Civil Veterinary Department. Madras. Admin. report 1926-33 - 1926-1933
Year: 1926
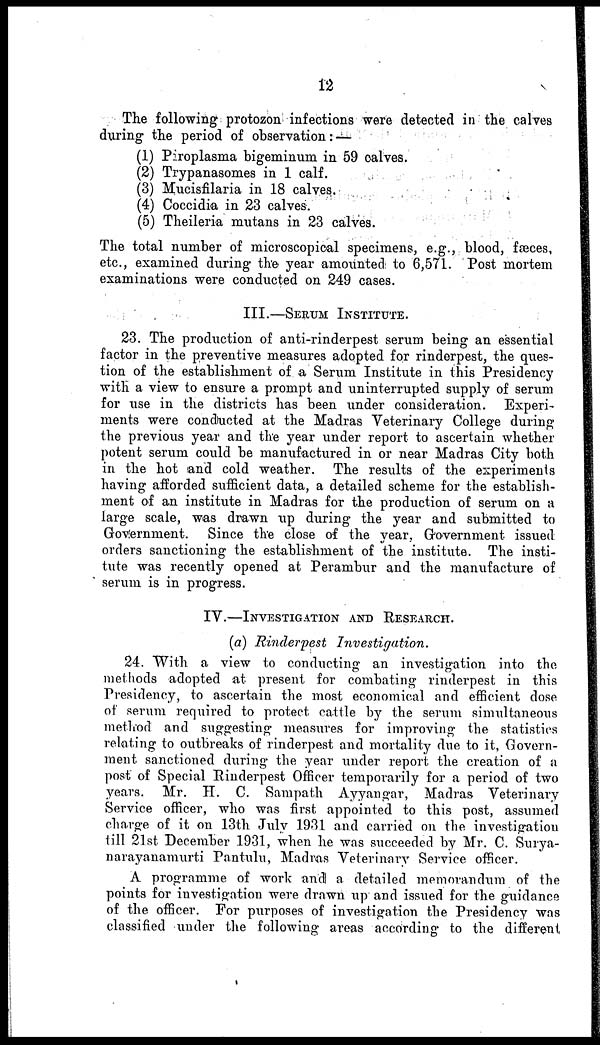
12
The following protozon infections were detected in the calves
during the period of observation: —
(1) Piroplasma bigeminum in 59 calves.
(2) Trypanasomes in 1 calf.
(3) Mucisfilaria in 18 calves.
(4) Coccidia in 23 calves.
(5) Theileria mutans in 23 calves.
The total number of microscopical specimens, e.g., blood, fæces,
etc., examined during the year amounted to 6,571. Post mortem
examinations were conducted on 249 cases.
III.—SERUM INSTITUTE.
23. The production of anti-rinderpest serum being an essential
factor in the preventive measures adopted for rindorpest, the ques-
tion of the establishment of a Serum Institute in this Presidency
with a view to ensure a prompt and uninterrupted supply of serum
for use in the districts has been under consideration.
Experi-
ments were conducted at the Madras Veterinary College during
the previous year and the year under report to ascertain whether
potent serum could be manufactured in or near Madras City both
in the hot and cold weather. The results of the experiments
having afforded sufficient data, a detailed scheme for the establish-
ment of an institute in Madras for the production of serum on a
large scale, was drawn up during the year and submitted to
Government.
Since the close of the year, Government issued
orders sanctioning the establishment of the institute. The insti-
tute was recently opened at Perambur and the manufacture of
serum is in progress.
IV.—INVESTIGATION AND RESEARCH.
(a) Rinderpest
Investigation.
24. With a view to conducting an investigation into the
methods adopted at present for combating rinderpest in this
Presidency, to ascertain the most economical and efficient dose
of serum required to protect cattle by the serum simultaneous
method and suggesting measures for improving the statistics
relating to outbreaks of rinderpest and mortality due to it, Govern-
ment sanctioned during the year under report the creation of a
post of Special Rinderpest Officer temporarily for a period of two
years. Mr. H. C. Sampath Ayyangar, Madras Veterinary
Service officer, who was first appointed to this post, assumed
charge of it on 13th July 1931 and carried on the investigation
till 21st December 1931, when he was succeeded by Mr. C. Surya-
narayanamurti Pantulu, Madras Veterinary Service officer.
A programme of work and a detailed memorandum of the
points for investigation were drawn up and issued for the guidance
of the officer. For purposes of investigation the Presidency was
classified under the following areas according to the different